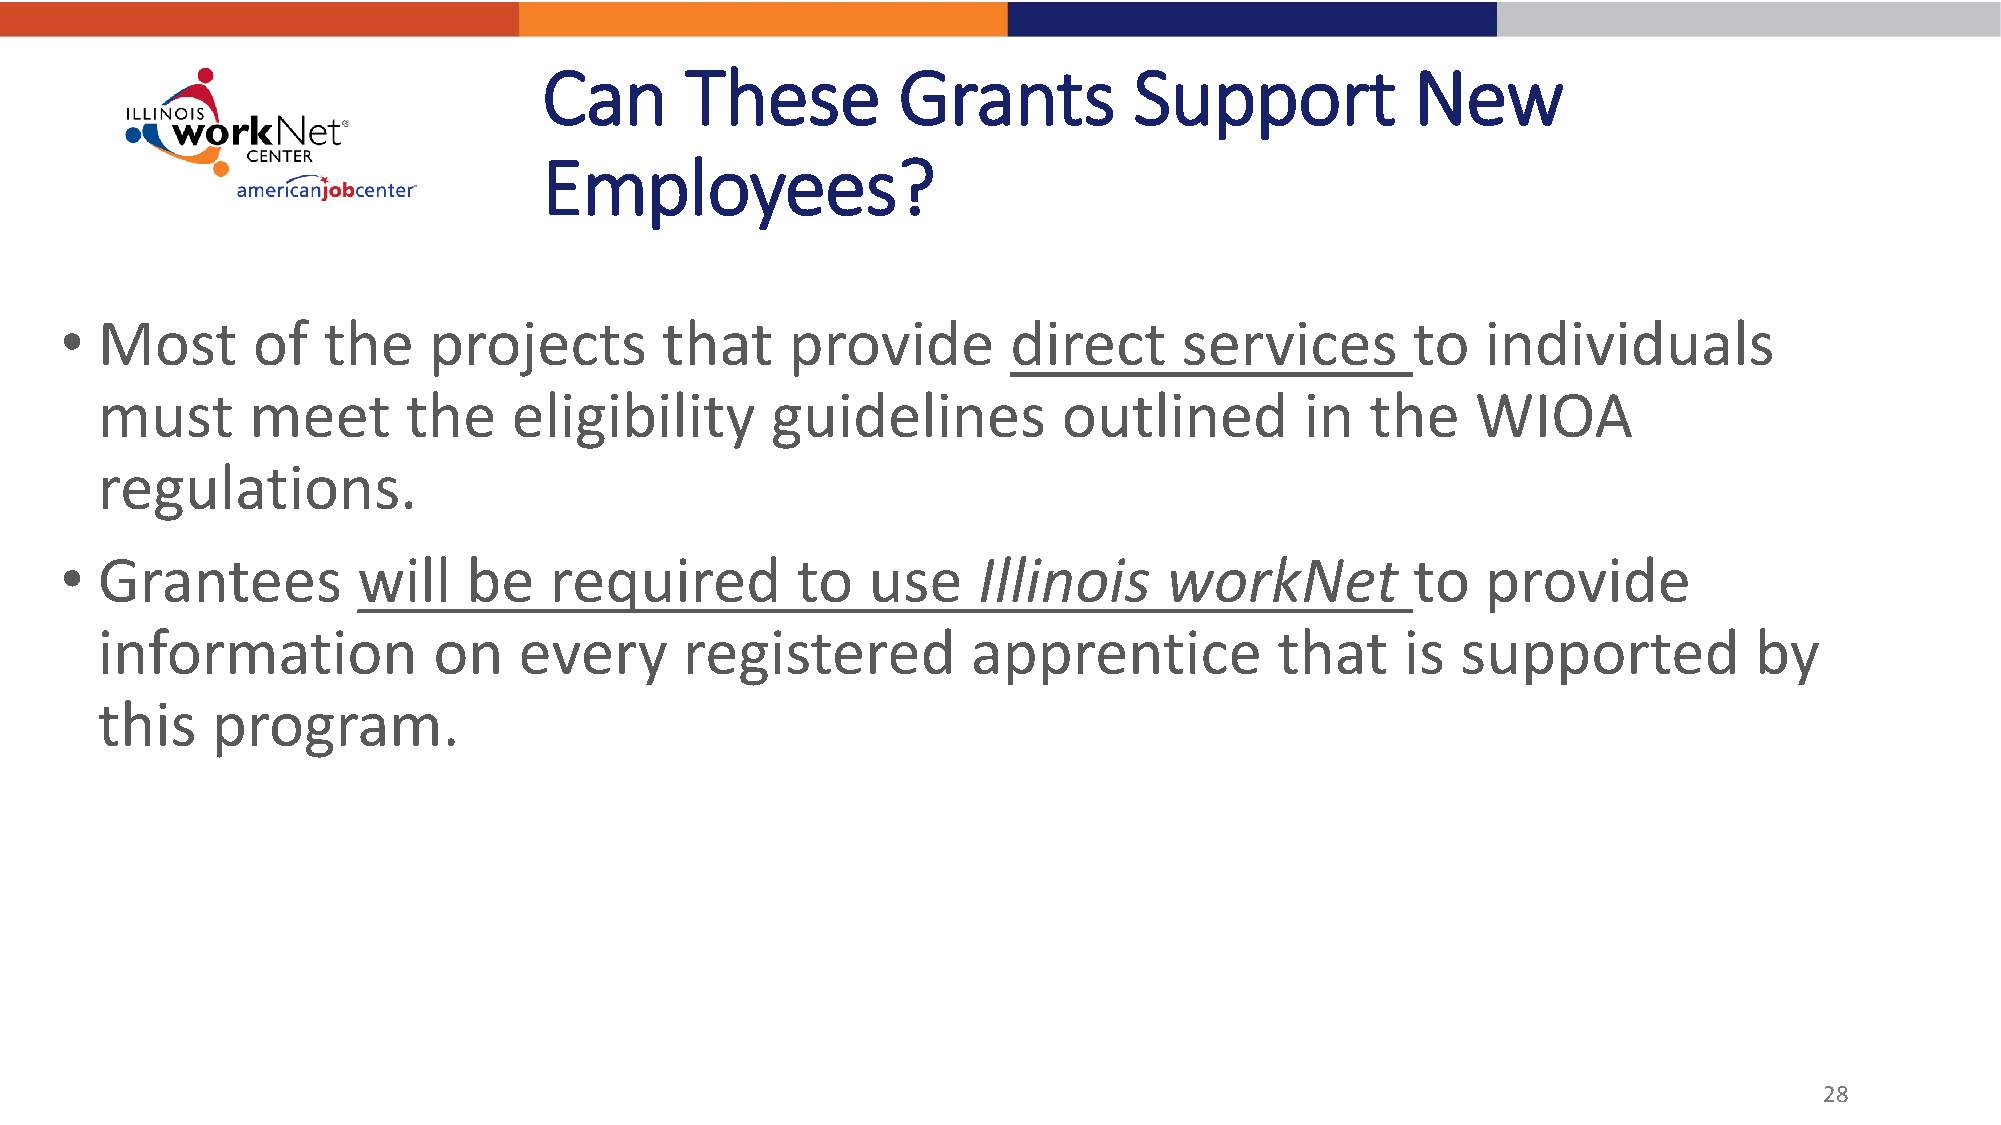
Can      These         Grants          Support            New
 Employees?
 • Most       of  the    projects        that    provide        direct     services       to   individuals
 must      meet       the    eligibility      guidelines         outlined        in   the    WIOA
 regulations.
 • Grantees          will   be   required         to  use     Illinois    workNet          to  provide
 information            on   every      registered         apprentice           that    is  supported          by
 this    program.
 28